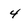
Character: 4